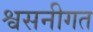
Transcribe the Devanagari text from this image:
श्वसनीगत